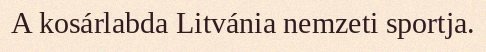
A kosárlabda Litvánia nemzeti sportja.